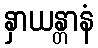
နှာယန္တာနံ